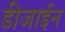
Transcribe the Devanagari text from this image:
डीजाईन